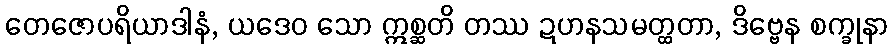
တေဇောပရိယာဒါနံ, ယဒေဝ သော ဣစ္ဆတိ တဿ ဍဟနသမတ္ထတာ, ဒိဗ္ဗေန စက္ခုနာ